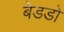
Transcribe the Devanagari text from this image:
बेडडो